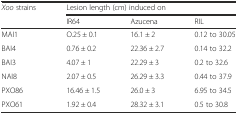
<table><thead><tr><td><b><i>Xoo</i> strains</b></td><td colspan="3"><b>Lesion length (cm) induced on</b></td></tr><tr><td></td><td><b>IR64</b></td><td><b>Azucena</b></td><td><b>RIL</b></td></tr></thead><tbody><tr><td>MAI1</td><td>O.25 ± 0.1</td><td>16.1 ± 2</td><td>0.12 to 30.05</td></tr><tr><td>BAI4</td><td>0.76 ± 0.2</td><td>22.36 ± 2.7</td><td>0.14 to 32.2</td></tr><tr><td>BAI3</td><td>4.07 ± 1</td><td>22.29 ± 3</td><td>0.2 to 32.6</td></tr><tr><td>NAI8</td><td>2.07 ± 0.5</td><td>26.29 ± 3.3</td><td>0.44 to 37.9</td></tr><tr><td>PXO86</td><td>16.46 ± 1.5</td><td>26.0 ± 3</td><td>6.95 to 34.5</td></tr><tr><td>PXO61</td><td>1.92 ± 0.4</td><td>28.32 ± 3.1</td><td>0.5 to 30.8</td></tr></tbody></table>